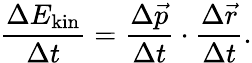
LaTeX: \frac{\Delta E_{\mathrm{kin}}}{\Delta t}=\frac{\Delta\vec{p}}{\Delta t}\cdot\frac{\Delta\vec{r}}{\Delta t}.